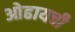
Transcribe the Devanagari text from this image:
ओढायची